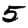
Digit: 5